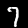
Label: 7